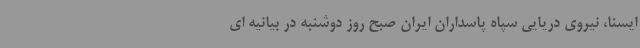
ایسنا، نیروی دریایی سپاه پاسداران ایران صبح روز دوشنبه در بیانیه ای